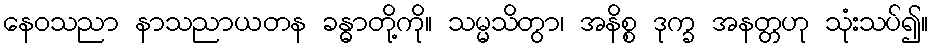
နေဝသညာ နာသညာယတန ခန္ဓာတို့ကို။ သမ္မသိတွာ၊ အနိစ္စ ဒုက္ခ အနတ္တဟု သုံးသပ်၍။